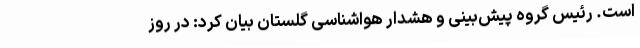
است. رئیس گروه پیش‌بینی و هشدار هواشناسی گلستان بیان کرد: در روز